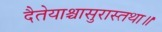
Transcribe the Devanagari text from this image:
दैतेयाश्चासुरास्तथा॥